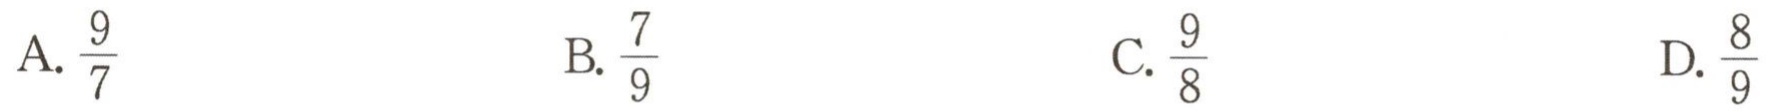
A.$\frac{9}{7}$  B.$\frac{7}{9}$  C.$\frac{9}{8}$  D.$\frac{8}{9}$